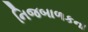
નિજબાળકના